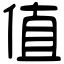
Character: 值